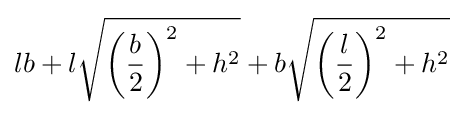
lb+l{\sqrt {\left({\frac {b}{2}}\right)^{2}+h^{2}}}+b{\sqrt {\left({\frac {l}{2}}\right)^{2}+h^{2}}}